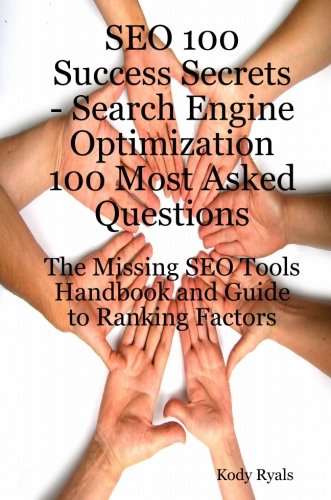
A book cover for SEO 100 Success Secrets - Search Engine Optimization 100 Most Asked Questions: The Missing SEO Tools Handbook and Guide to Ranking Factors; Kody Ryals; Computers & Technology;